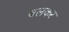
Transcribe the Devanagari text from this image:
बलकर